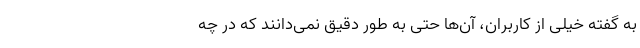
به گفته خیلی از کاربران، آن‌ها حتی به طور دقیق نمی‌دانند که در چه